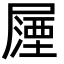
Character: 𭕵